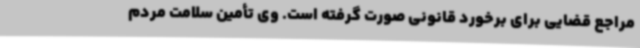
مراجع قضایی برای برخورد قانونی صورت گرفته است. وی تأمین سلامت مردم